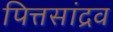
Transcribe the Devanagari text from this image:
पित्तसांद्रव